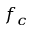
f _ { c }